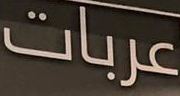
عربات